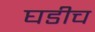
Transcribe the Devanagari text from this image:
घडीच